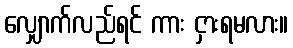
လျှောက်လည်ရင် ကား ငှားရမလား။